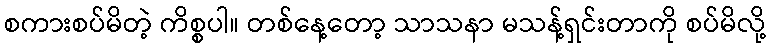
စကားစပ်မိတဲ့ ကိစ္စပါ။ တစ်နေ့တော့ သာသနာ မသန့်ရှင်းတာကို စပ်မိလို့